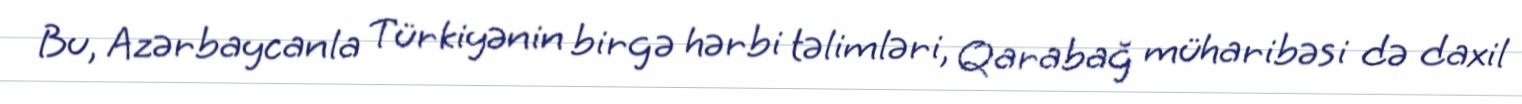
Bu, Azərbaycanla Türkiyənin birgə hərbi təlimləri, Qarabağ müharibəsi də daxil